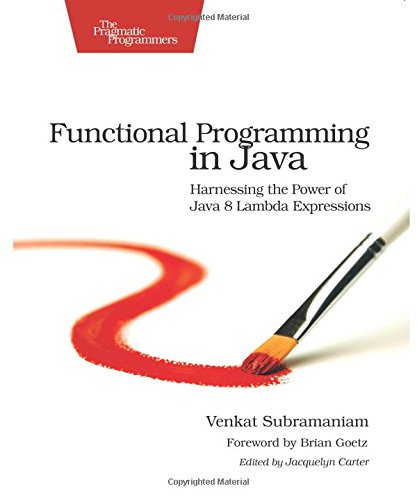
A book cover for Functional Programming in Java: Harnessing the Power Of Java 8 Lambda Expressions; Venkat Subramaniam; Computers & Technology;